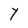
Character: Y